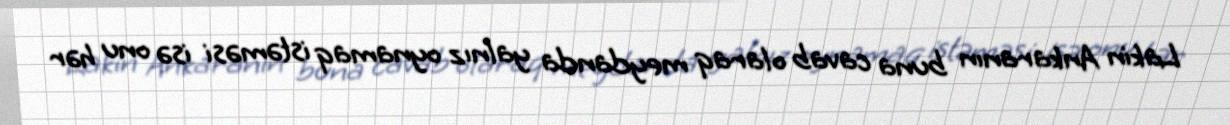
Lakin Ankaranın buna cavab olaraq meydanda yalnız oynamaq istəməsi isə onu hər